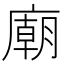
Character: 廟